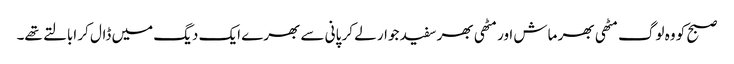
صبح کو وہ لوگ مٹھی بھر ماش اور مٹھی بھر سفید جوار لے کر پانی سے بھرے ایک دیگ میں ڈال کر ابالتے تھے۔